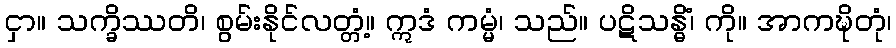
ငှာ။ သက္ခိဿတိ၊ စွမ်းနိုင်လတ္တံ့။ ဣဒံ ကမ္မံ၊ သည်။ ပဋိသန္ဓိံ၊ ကို။ အာကဍ္ဎိတုံ၊